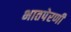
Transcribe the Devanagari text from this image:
भातपेरणी